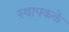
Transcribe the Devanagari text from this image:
स्थापकके